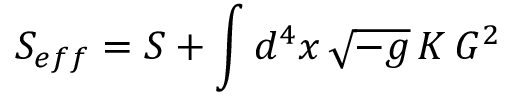
S _ { e f f } = S + \int d ^ { 4 } x \, \sqrt { - g } \, { \cal K } \, { \cal G } ^ { 2 }